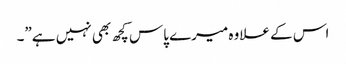
اس کے علاوہ میرے پاس کچھ بھی نہیں ہے”۔